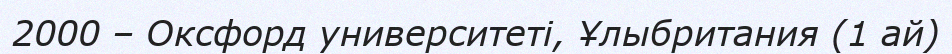
2000 – Оксфорд университеті, Ұлыбритания (1 ай)